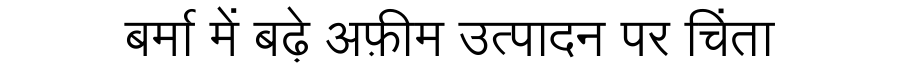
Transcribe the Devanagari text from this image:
बर्मा में बढ़े अफ़ीम उत्पादन पर चिंता